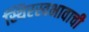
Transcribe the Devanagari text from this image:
स्थिरस्वभावाची